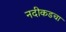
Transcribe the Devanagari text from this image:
नदीकडचा